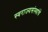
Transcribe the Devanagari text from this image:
स्वराज्यसंस्थांचे